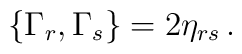
\{\Gamma_r,\Gamma_s\} = 2 \eta_{rs} \, .